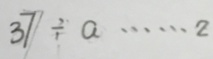
3 7 \div a \cdots 2